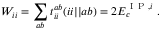
W _ { i i } = \sum _ { a b } t _ { i i } ^ { a b } ( i i | | a b ) = 2 E _ { c } ^ { \mathrm { ~ I ~ P ~ } , i } \; .